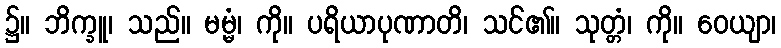
၌။ ဘိက္ခူ၊ သည်။ မမ္မံ၊ ကို။ ပရိယာပုဏာတိ၊ သင်၏။ သုတ္တံ၊ ကို။ ဝေယျာ၊